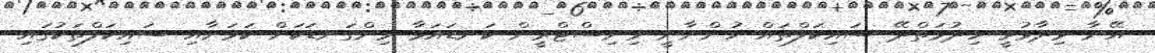
އޭނާ ވިދާޅުވީ ހިދުމަތްދޭ ސައިކަލްތައް ހުންނާނީ މިނިސްޓްރީން ކަނޑައަޅާ މިންގަނޑަކަށް ކަމަށާއި ސައިކަލްތަކުގައި